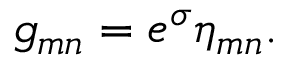
g _ { m n } = e ^ { \sigma } \eta _ { m n } .